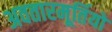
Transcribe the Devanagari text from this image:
अवतारमूर्तियों